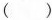
()